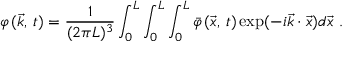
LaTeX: \varphi \, ( \vec { k } , \, t ) = \frac { 1 } { ( 2 \pi L ) ^ { 3 } } \int _ { 0 } ^ { L } \int _ { 0 } ^ { L } \int _ { 0 } ^ { L } \bar { \varphi } \, ( \vec { x } , \, t ) \exp ( - i \vec { k } \cdot \vec { x } ) d \vec { x } \ .